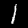
Digit: 1